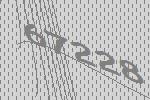
67228